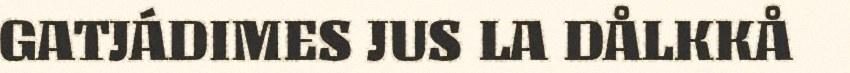
GATJÁDIMES JUS LA DÅLKKÅ